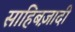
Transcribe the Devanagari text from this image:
साहिबज़ादी